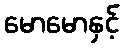
မောမောနှင့်